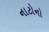
નાટોનો